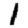
Digit: 1